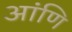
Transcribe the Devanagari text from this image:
आंणि